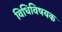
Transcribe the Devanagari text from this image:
विधिविषयक